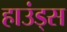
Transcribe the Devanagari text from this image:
हाउंड्स